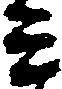
ミ